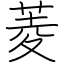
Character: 菱